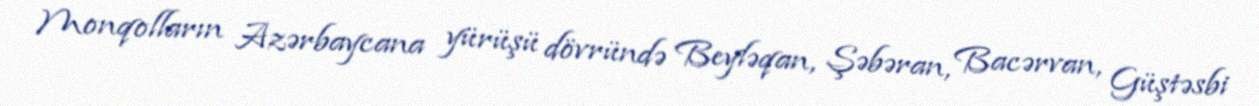
Monqolların Azərbaycana yürüşü dövründə Beyləqan, Şəbəran, Bacərvan, Güştəsbi